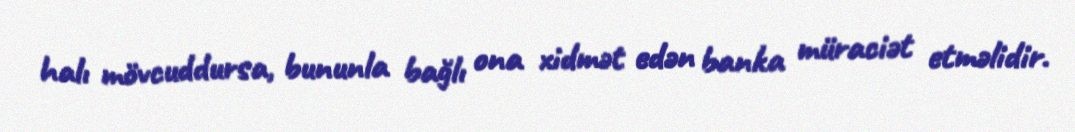
halı mövcuddursa, bununla bağlı ona xidmət edən banka müraciət etməlidir.